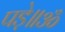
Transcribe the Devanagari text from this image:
पड़े॥ॐ